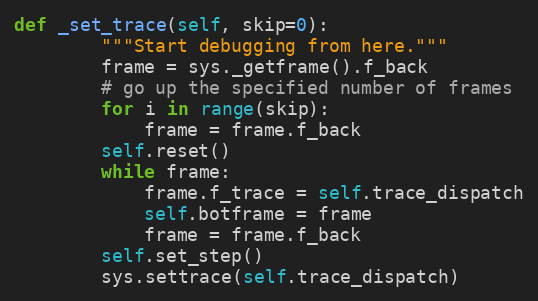
Language: Python
def _set_trace(self, skip=0):
        """Start debugging from here."""
        frame = sys._getframe().f_back
        # go up the specified number of frames
        for i in range(skip):
            frame = frame.f_back
        self.reset()
        while frame:
            frame.f_trace = self.trace_dispatch
            self.botframe = frame
            frame = frame.f_back
        self.set_step()
        sys.settrace(self.trace_dispatch)